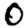
Digit: 0